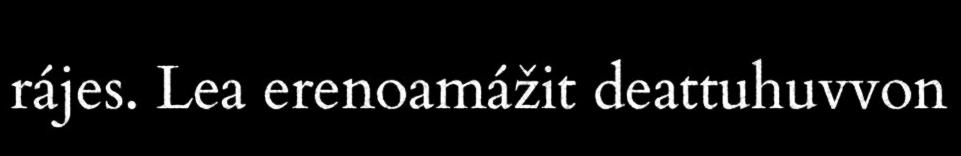
rájes. Lea erenoamážit deattuhuvvon